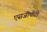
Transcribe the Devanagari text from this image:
एसजीपीटी